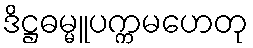
ဒိဋ္ဌဓမ္မူပက္ကမဟေတု